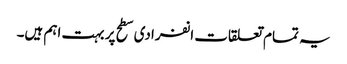
یہ تمام تعلقات انفرادی سطح پر بہت اہم ہیں۔